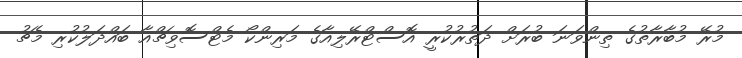
މުރޭ މުބާރާތުގެ ތިންވަނަ ބުރަށް ދަތުރުކުރީ އޮސްޓްރޭލިއާގެ މަރިންކޯ މެޓްސޮވިޗްއާ ބައްދަލުކުރި މެޗު